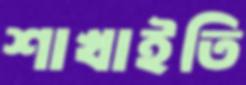
শাখাইতি